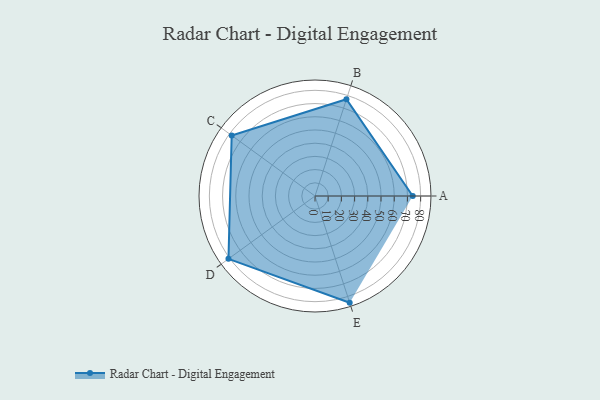
{"axis": {"x": "Skill", "y": "Score"}, "legend": ["Profile"], "data": [{"x": "A", "y": 74.0, "type": "Profile"}, {"x": "B", "y": 77.0, "type": "Profile"}, {"x": "C", "y": 78.0, "type": "Profile"}, {"x": "D", "y": 81.0, "type": "Profile"}, {"x": "E", "y": 85.0, "type": "Profile"}]}